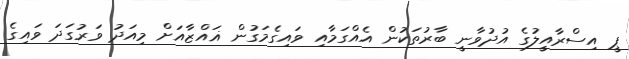
ޕީ އިސްރާއީލުގެ އުދުވާނީ ބާރުތަކުން އެއްގަމާއި ވައިގެމަގުން ޣައްޒާއަށް މިއަދު ވަރުގަދަ ވައިގެ